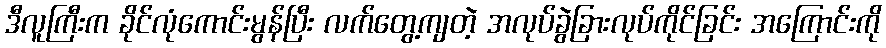
ဒီလူကြီးက ခိုင်လုံကောင်းမွန်ပြီး လက်တွေ့ကျတဲ့ အလုပ်ခွဲခြားလုပ်ကိုင်ခြင်း အကြောင်းကို